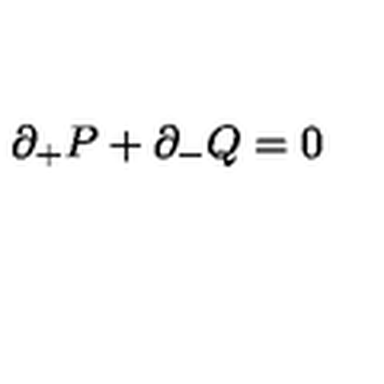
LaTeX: \partial _ { + } P + \partial _ { - } Q = 0